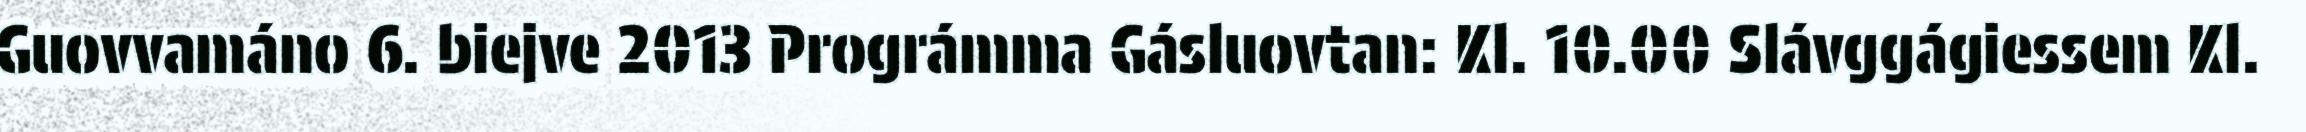
Guovvamáno 6. biejve 2013 Prográmma Gásluovtan: Kl. 10.00 Slávggágiessem Kl.